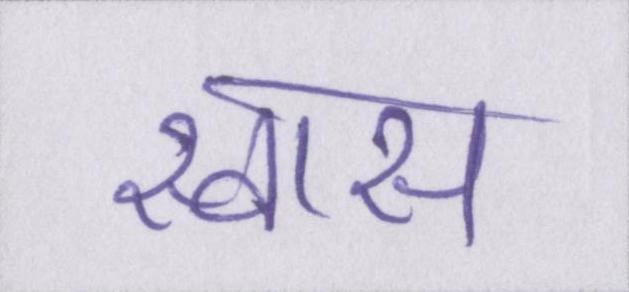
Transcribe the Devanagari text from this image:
स्वास